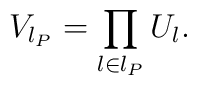
V_{l_P} = \prod_{l \in l_P} U_l.